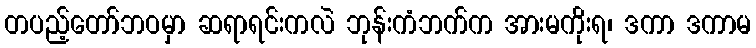
တပည့်တော်ဘဝမှာ ဆရာရင်းကလဲ ဘုန်းကံဘက်က အားမကိုးရ၊ ဒကာ ဒကာမ